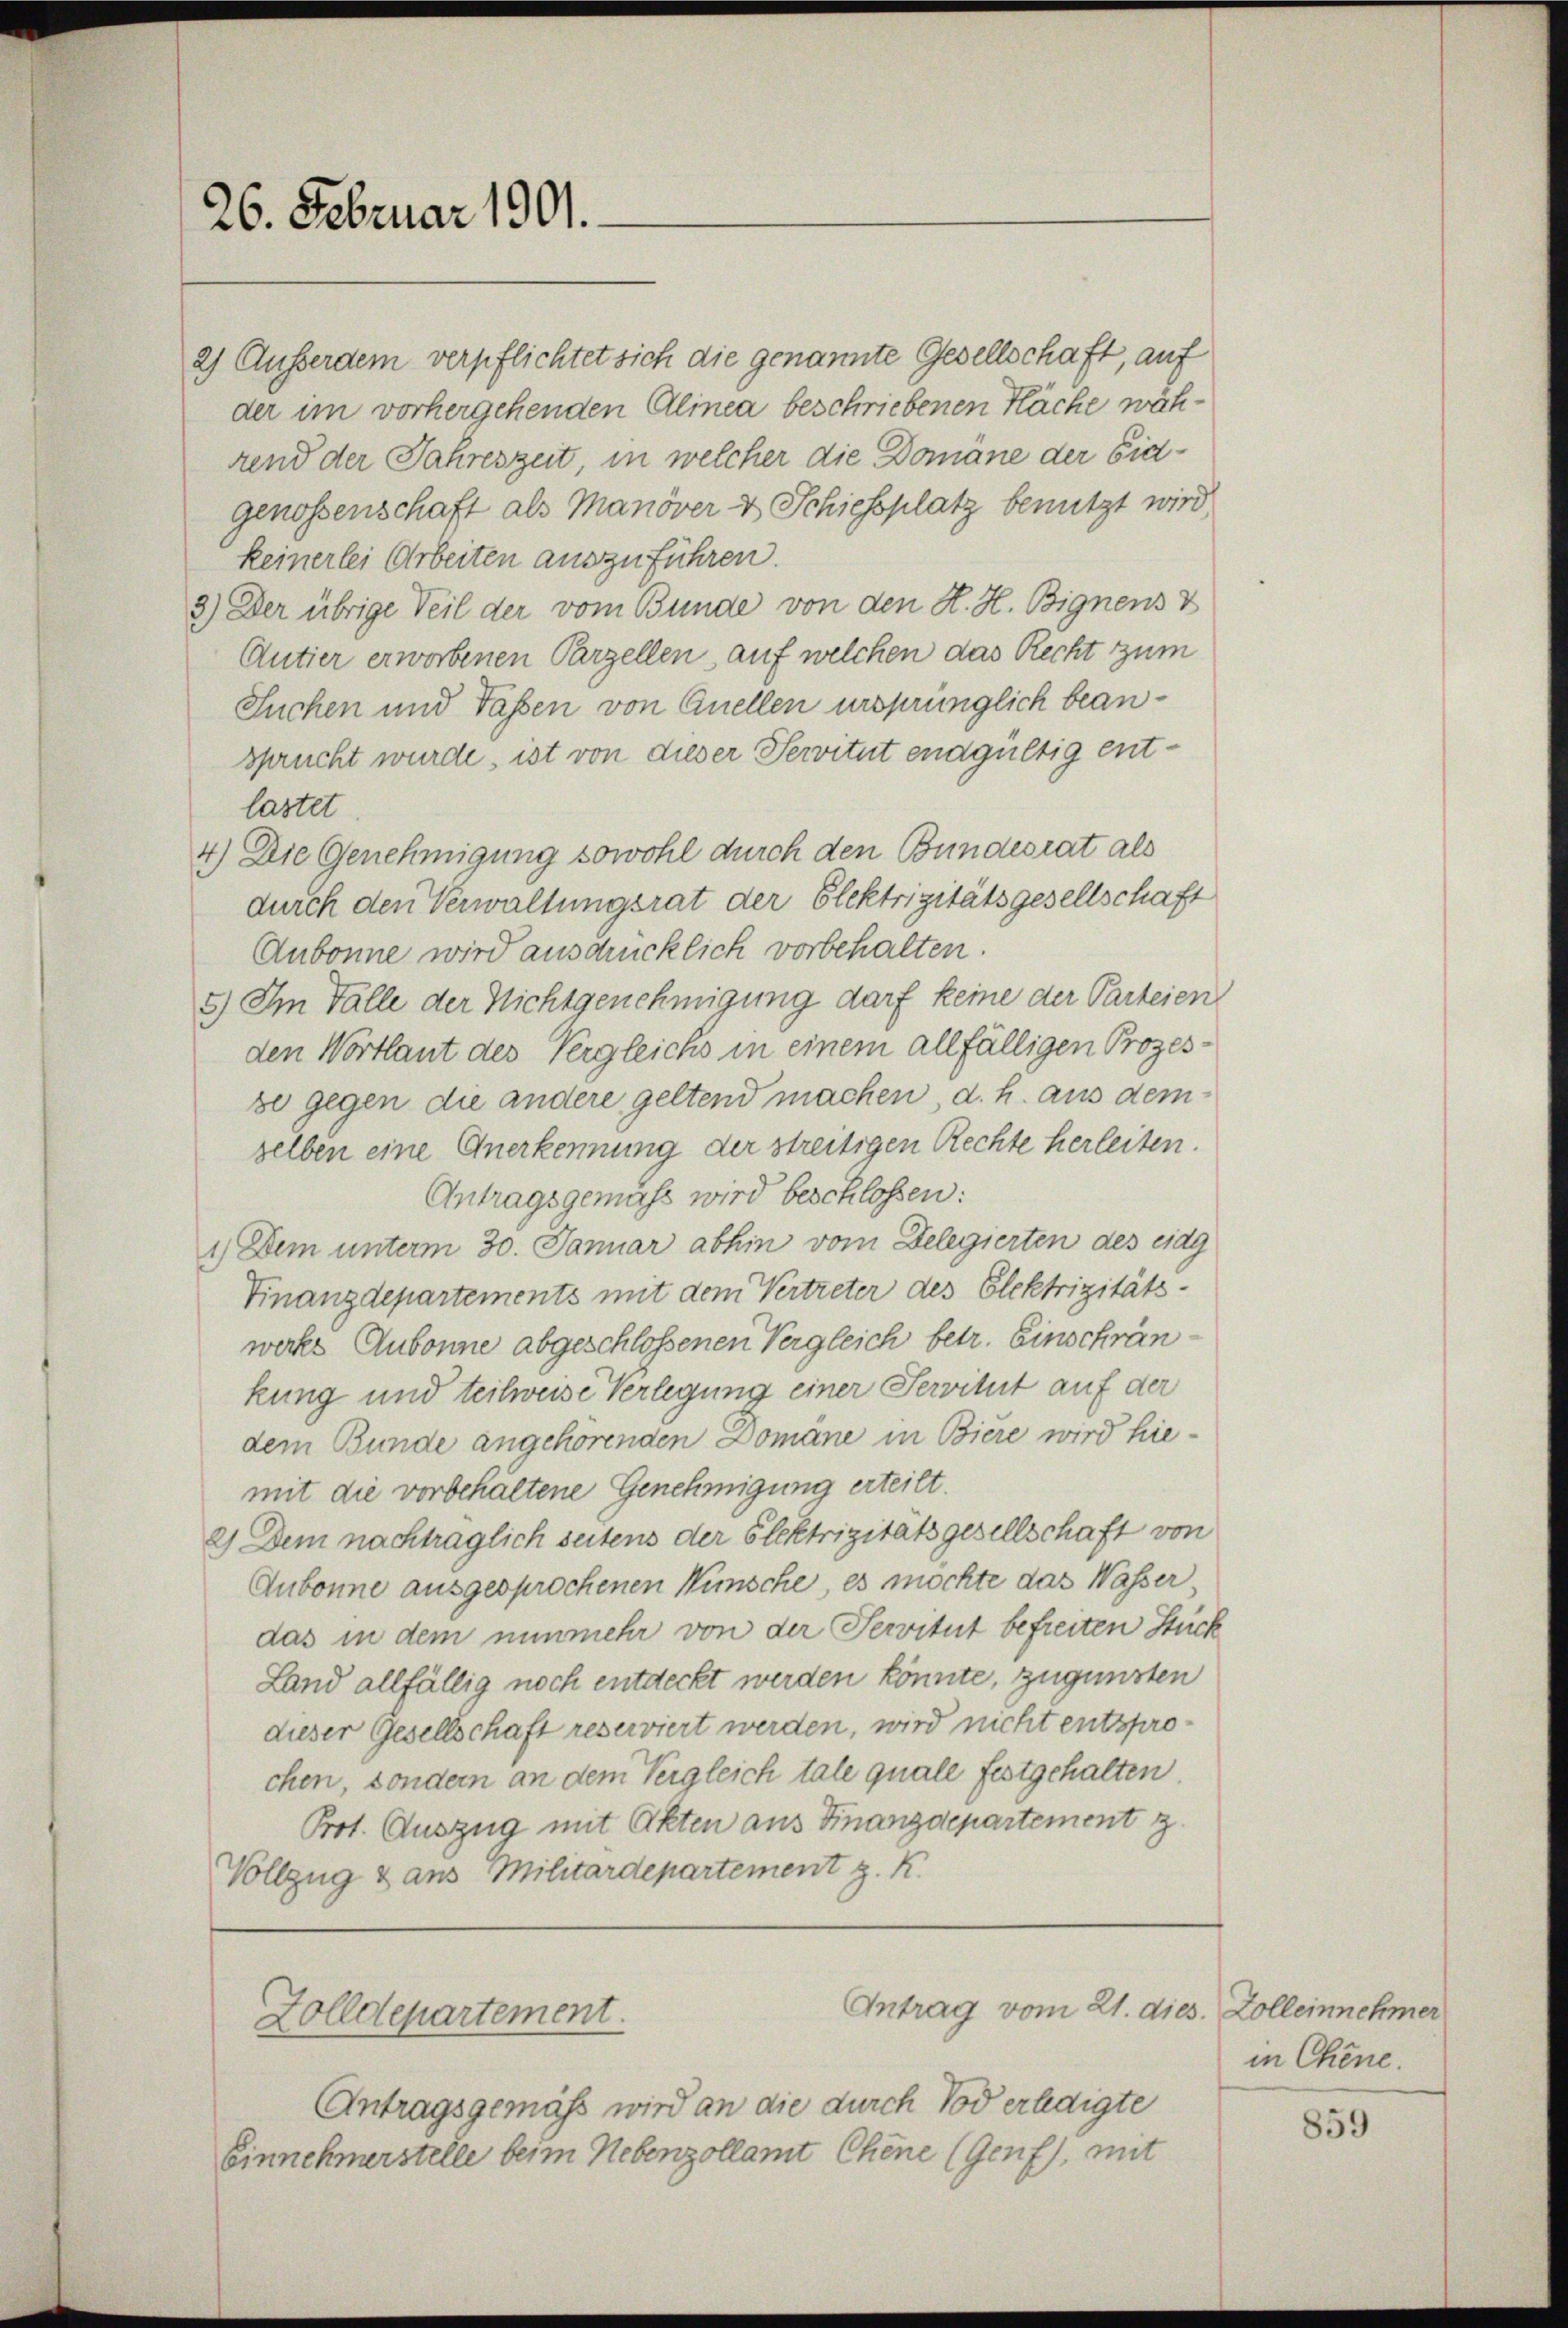
26. Februar 1901.

2) Ausserdem verpflichtet sich die genannte Gesellschaft, auf
der im vorhergehenden Alinea beschriebenen Fläche während der Jahreszeit, in welcher die Domäne der Eidgenossenschaft als Manöver & Schiessplatz benutzt wird
keinerlei Arbeiten auszuführen.
3.) Der übrige Teil der vom Bunde von den H. H. Bignens z
Autier erworbenen Parzellen, auf welchen das Recht zum
Suchen und Tassen von Quellen ursprünglich beansprucht wurde, ist von dieser Servitut endgültig entlastet
4) Die Genehmigung sowohl durch den Bundesrat als
durch den Verwaltungsrat der Elektrizitätsgesellschaft
Aubonne wird ausdrücklich vorbehalten.
5.) Im Falle der Nichtgenehmigung darf keine der Parteien
den Wortlaut des Vergleichs in einem allfälligen Prozes
se gegen die andere geltend machen d. h. aus dem
selben eine Anerkennung der streitigen Rechte herleiten.
Antragsgemäß wird beschlossen:
1.) Dem unterm 30. Januar abhin vom Delegierten des eidg
Finanzdepartements mit dem Vertreter des Elektrizitäts-
werks Aubonne abgeschlossenen Vergleich betr. Einschrän
kung und teilweise Verlegung einer Servitut auf der
dem Bunde angehörenden Domane in Biere wird hiemit die vorbehaltene Genehmigung erteilt.
2) Dem nachträglich seitens der Flektrizitätsgesellschaft von
Aubonne ausgesprochenen Wünsche, es möchte das Wasser
das in dem nunmehr von der Servitut befreiten Stück
Land allfällig noch entdeckt werden könnte, zugunsten
dieser Gesellschaft reserviert werden, wird nicht entsprochen, sondern an dem Vergleich tale quale festgehalten.
Prot. Auszug mit Akten aus Finanzdepartement z
Vollzug & aus Militärdepartement z. K.

Antragsgemäß wird an die durch Tod erledigte
Einnehmerstelle beim Nebenzollamt Chene (Genf), mit

Zolldepartement.

Antrag vom 21. dies. Zolleinnehmer

in Chine.

859